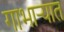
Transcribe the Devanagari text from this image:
गाभार्‍यात